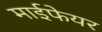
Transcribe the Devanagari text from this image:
माईफेयर